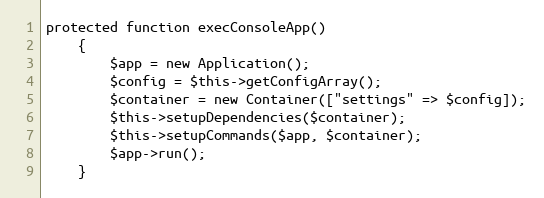
Language: PHP
protected function execConsoleApp()
    {
        $app = new Application();
        $config = $this->getConfigArray();
        $container = new Container(["settings" => $config]);
        $this->setupDependencies($container);
        $this->setupCommands($app, $container);
        $app->run();
    }